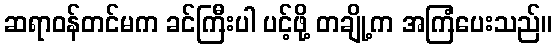
ဆရာဝန်တင်မက ခင်ကြီးပါ ပင့်ဖို့ တချို့က အကြံပေးသည်။